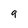
Character: 9